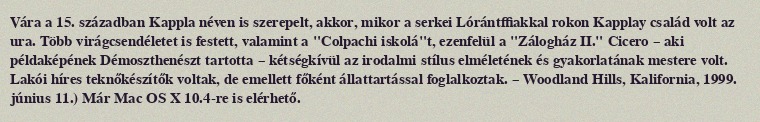
Vára a 15. században Kappla néven is szerepelt, akkor, mikor a serkei Lórántffiakkal rokon Kapplay család volt az ura. Több virágcsendéletet is festett, valamint a "Colpachi iskolá"t, ezenfelül a "Zálogház II." Cicero – aki példaképének Démoszthenészt tartotta – kétségkívül az irodalmi stílus elméletének és gyakorlatának mestere volt. Lakói híres teknőkészítők voltak, de emellett főként állattartással foglalkoztak. – Woodland Hills, Kalifornia, 1999. június 11.) Már Mac OS X 10.4-re is elérhető.